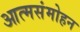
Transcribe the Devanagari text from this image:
आत्मसंमोहन